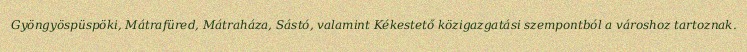
Gyöngyöspüspöki, Mátrafüred, Mátraháza, Sástó, valamint Kékestető közigazgatási szempontból a városhoz tartoznak.